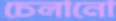
চেলানো